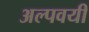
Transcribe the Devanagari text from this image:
अल्पवयी